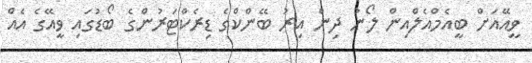
ވީއޭއަށް ބީއެމްއެލްއިން ލޯނު ދިން އިރު ބޭންކްގެ ޑިރެކްޓަރުންގެ ބޯޑުގައި ވީއޭގެ އެއް